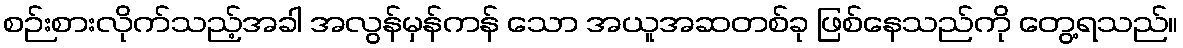
စဉ်းစားလိုက်သည့်အခါ အလွန်မှန်ကန် သော အယူအဆတစ်ခု ဖြစ်နေသည်ကို တွေ့ရသည်။